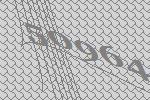
50964